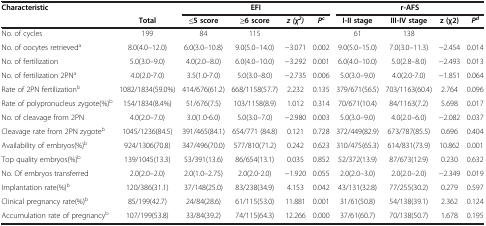
<table><thead><tr><td rowspan="2"><b>Characteristic</b></td><td><b> </b></td><td colspan="4"><b>EFI</b></td><td colspan="4"><b>r-AFS</b></td></tr><tr><td><b>Total</b></td><td><b>≤5 score</b></td><td><b>≥6 score</b></td><td><b><i>z (χ</i><sup><i>2</i></sup><i>)</i></b></td><td><b><i>P</i><sup>c</sup></b></td><td><b>I-II stage</b></td><td><b>III-IV stage</b></td><td><b>z (χ2)</b></td><td><b><i>P</i><sup><i>d</i></sup></b></td></tr></thead><tbody><tr><td>No. of cycles</td><td>199</td><td>84</td><td>115</td><td> </td><td> </td><td>61</td><td>138</td><td> </td><td> </td></tr><tr><td>No. of oocytes retrieved<sup>a</sup></td><td>8.0(4.0–12.0)</td><td>6.0(3.0–10.8)</td><td>9.0(5.0–14.0)</td><td>−3.071</td><td>0.002</td><td>9.0(5.0–15.0)</td><td>7.0(3.0–11.3)</td><td>−2.454</td><td>0.014</td></tr><tr><td>No. of fertilization</td><td>5.0(3.0–9.0)</td><td>4.0(2.0–8.0)</td><td>6.0(4.0–10.0)</td><td>−3.292</td><td>0.001</td><td>6.0(4.0–10.0)</td><td>5.0(2.8–8.0)</td><td>−2.493</td><td>0.013</td></tr><tr><td>No. of fertilization 2PN<sup>a</sup></td><td>4.0(2.0-7.0)</td><td>3.5(1.0-7.0)</td><td>5.0(3.0–8.0)</td><td>−2.735</td><td>0.006</td><td>5.0(3.0–9.0)</td><td>4.0(2.0-7.0)</td><td>−1.851</td><td>0.064</td></tr><tr><td>Rate of 2PN fertilization<sup>b</sup></td><td>1082/1834(59.0%)</td><td>414/676(61.2)</td><td>668/1158(57.7)</td><td>2.232</td><td>0.135</td><td>379/671(56.5)</td><td>703/1163(60.4)</td><td>2.764</td><td>0.096</td></tr><tr><td>Rate of polypronucleus zygote(%)<sup>b</sup></td><td>154/1834(8.4%)</td><td>51/676(7.5)</td><td>103/1158(8.9)</td><td>1.012</td><td>0.314</td><td>70/671(10.4)</td><td>84/1163(7.2)</td><td>5.698</td><td>0.017</td></tr><tr><td>No. of cleavage from 2PN</td><td>4.0(2.0–7.0)</td><td>3.0(1.0-6.0)</td><td>5.0(3.0–7.0)</td><td>−2.980</td><td>0.003</td><td>5.0(3.0–9.0)</td><td>4.0(2.0–6.0)</td><td>−2.082</td><td>0.037</td></tr><tr><td>Cleavage rate from 2PN zygote<sup>b</sup></td><td>1045/1236(84.5)</td><td>391/465(84.1)</td><td>654/771 (84.8)</td><td>0.121</td><td>0.728</td><td>372/449(82.9)</td><td>673/787(85.5)</td><td>0.696</td><td>0.404</td></tr><tr><td>Availability of embryos(%)<sup>b</sup></td><td>924/1306(70.8)</td><td>347/496(70.0)</td><td>577/810(71.2)</td><td>0.242</td><td>0.623</td><td>310/475(65.3)</td><td>614/831(73.9)</td><td>10.862</td><td>0.001</td></tr><tr><td>Top quality embryos(%)<sup>b</sup></td><td>139/1045(13.3)</td><td>53/391(13.6)</td><td>86/654(13.1)</td><td>0.035</td><td>0.852</td><td>52/372(13.9)</td><td>87/673(12.9)</td><td>0.230</td><td>0.632</td></tr><tr><td>No. Of embryos transferred</td><td>2.0(2.0–2.0)</td><td>2.0(1.0–2.75)</td><td>2.0(2.0-2.0)</td><td>−1.920</td><td>0.055</td><td>2.0(2.0–3.0)</td><td>2.0(2.0–2.0)</td><td>−2.349</td><td>0.019</td></tr><tr><td>Implantation rate(%)<sup>b</sup></td><td>120/386(31.1)</td><td>37/148(25.0)</td><td>83/238(34.9)</td><td>4.153</td><td>0.042</td><td>43/131(32.8)</td><td>77/255(30.2)</td><td>0.279</td><td>0.597</td></tr><tr><td>Clinical pregnancy rate(%)<sup>b</sup></td><td>85/199(42.7)</td><td>24/84(28.6)</td><td>61/115(53.0)</td><td>11.881</td><td>0.001</td><td>31/61(50.8)</td><td>54/138(39.1)</td><td>2.362</td><td>0.124</td></tr><tr><td>Accumulation rate of pregnancy<sup>b</sup></td><td>107/199(53.8)</td><td>33/84(39.2)</td><td>74/115(64.3)</td><td>12.266</td><td>0.000</td><td>37/61(60.7)</td><td>70/138(50.7)</td><td>1.678</td><td>0.195</td></tr></tbody></table>